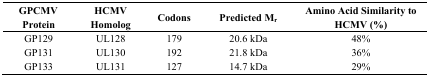
<table><thead><tr><td><b>GPCMV Protein</b></td><td><b>HCMV Homolog</b></td><td><b>Codons</b></td><td><b>Predicted M<sub>r</sub></b></td><td><b>Amino Acid Similarity to HCMV (%)</b></td></tr></thead><tbody><tr><td>GP129</td><td>UL128</td><td>179</td><td>20.6 kDa</td><td>48%</td></tr><tr><td>GP131</td><td>UL130</td><td>192</td><td>21.8 kDa</td><td>36%</td></tr><tr><td>GP133</td><td>UL131</td><td>127</td><td>14.7 kDa</td><td>29%</td></tr></tbody></table>